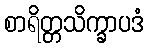
စာရိတ္တသိက္ခာပဒံ